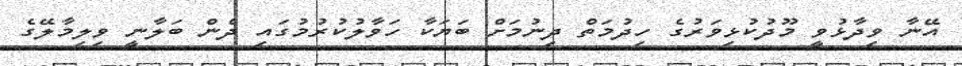
އޭނާ ވިދާޅުވީ މޫދުކުޅިވަރުގެ ހިދުމަތް ދިނުމަށް ބަޔަކާ ހަވާލުކުރުމުގައި ދެން ބަލާނީ ވިލިމާލޭގެ